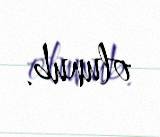
olunub.